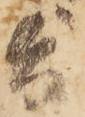
旨